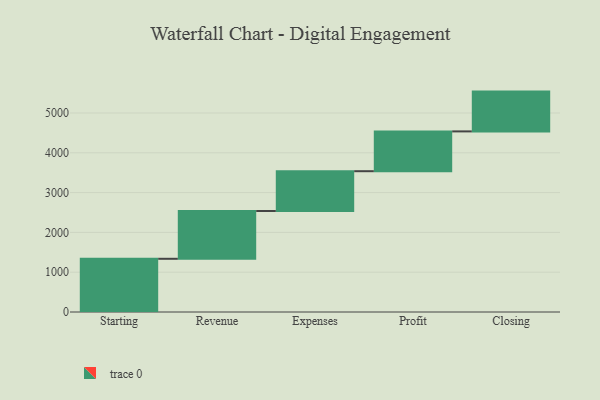
{"axis": {"x": "Step", "y": "Value"}, "legend": [""], "data": [{"x": "Starting", "y": 1337.0, "type": ""}, {"x": "Revenue", "y": 1201.0, "type": ""}, {"x": "Expenses", "y": 1000, "type": ""}, {"x": "Profit", "y": 1000, "type": ""}, {"x": "Closing", "y": 1000, "type": ""}]}